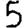
Digit: 5